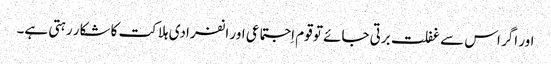
اور اگر اس سے غفلت برتی جائے تو قوم اِجتماعی اور انفرادی ہلاکت کا شکار رہتی ہے۔